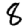
Digit: 8